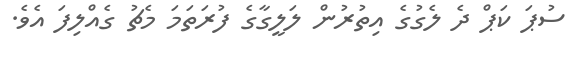
ސުޕަ ކަޕް ދެ ލެގުގެ އިތުރުން ލަލީގާގެ ފުރަތަމަ މެޗު ގެއްލިފަ އެވެ.